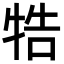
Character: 牿